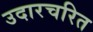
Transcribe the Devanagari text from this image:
उदारचरित